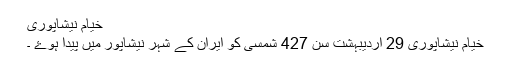
خیام نیشاپوری
خیام نیشاپوری 29 اردیبہشت سن 427 شمسی کو ایران کے شہر نیشاپور میں پیدا ہوۓ ۔